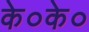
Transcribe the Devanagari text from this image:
के०के०